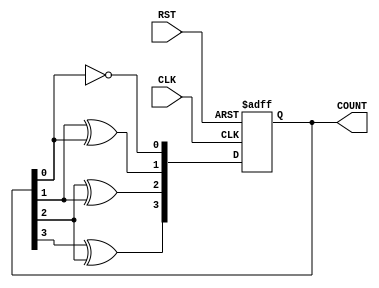
module async_ripple_counter #(
    parameter N = 4  // Number of bits in the counter
)(
    input wire CLK,   // Clock input
    input wire RST,   // Asynchronous reset input
    output reg [N-1:0] COUNT // Counter output
);

// Always block for the counter operation
always @(posedge CLK or posedge RST) begin
    if (RST) begin
        COUNT <= 0; // Reset the counter to 0
    end else begin
        COUNT[0] <= ~COUNT[0]; // Toggle the LSB
        // Ripple effect for the rest of the bits
        COUNT[1] <= COUNT[1] ^ COUNT[0]; // Toggle second bit if LSB is 1
        COUNT[2] <= COUNT[2] ^ COUNT[1]; // Toggle third bit if second bit is 1
        COUNT[3] <= COUNT[3] ^ COUNT[2]; // Toggle fourth bit if third bit is 1
        // Add more lines for additional bits if N > 4
    end
end

endmodule